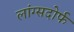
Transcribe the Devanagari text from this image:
लांग्सदोर्फ